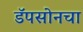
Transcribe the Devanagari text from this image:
डॅपसोनचा